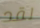
لقد